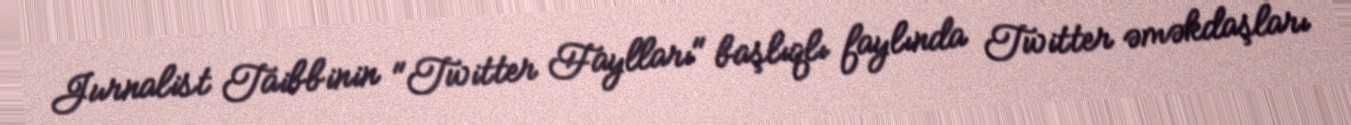
Jurnalist Taibbinin "Twitter Faylları" başlıqlı faylında Twitter əməkdaşları